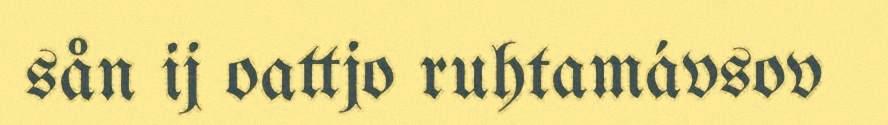
sån ij oattjo ruhtamávsov